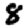
Digit: 8